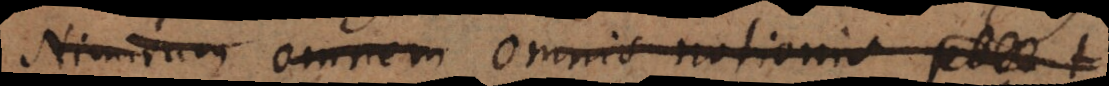
Nimirum omnis notionis po